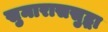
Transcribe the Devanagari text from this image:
सुमाराससुद्धा